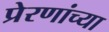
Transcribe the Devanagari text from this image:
प्रेरणांच्या